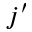
j ^ { \prime }